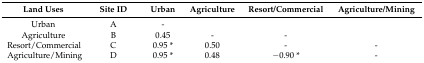
<table><thead><tr><td><b>Land Uses</b></td><td><b>Site ID</b></td><td><b>Urban</b></td><td><b>Agriculture</b></td><td><b>Resort/Commercial</b></td><td><b>Agriculture/Mining</b></td></tr></thead><tbody><tr><td>Urban </td><td>A</td><td>-</td><td></td><td></td><td></td></tr><tr><td>Agriculture </td><td>B</td><td>0.45</td><td>-</td><td>-</td><td></td></tr><tr><td>Resort/Commercial</td><td>C</td><td>0.95 *</td><td>0.50</td><td>-</td><td>-</td></tr><tr><td>Agriculture/Mining</td><td>D</td><td>0.95 *</td><td>0.48</td><td>−0.90 *</td><td>-</td></tr></tbody></table>